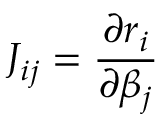
J _ { i j } = { \frac { \partial r _ { i } } { \partial \beta _ { j } } }